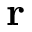
\mathbf { r }